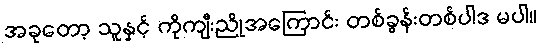
အခုတော့ သူနှင့် ကိုကျီးညိုအကြောင်း တစ်ခွန်းတစ်ပါဒ မပါ။